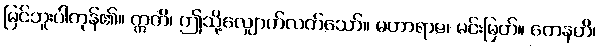
မြင်ဘူးပါကုန်၏။ ဣတိ၊ ဤသို့လျှောက်လတ်သော်။ မဟာရာဇ၊ မင်းမြတ်။ တေနဟိ၊